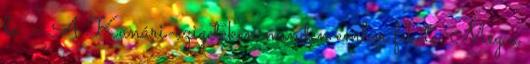
le. – A Kanári-szigeteken minden ember fekete. Még a